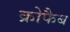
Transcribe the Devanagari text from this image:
क्रोफैब